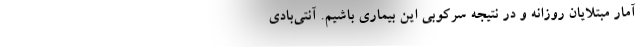
آمار مبتلایان روزانه و در نتیجه سرکوبی این بیماری باشیم. آنتی‌بادی